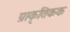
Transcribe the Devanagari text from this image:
प्राकृतिकक